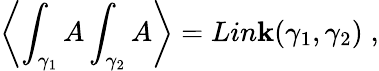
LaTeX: \left\langle\int_{\gamma_{1}}A\int_{\gamma_{2}}A\right\rangle=Lin\mathbf{k}(\gamma_{1},\gamma_{2})\; ,